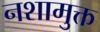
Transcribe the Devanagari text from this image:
नशामुक्त